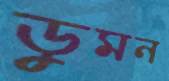
ডুমন